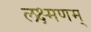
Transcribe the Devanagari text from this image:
लक्ष्मणम्